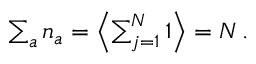
\begin{array} { r } { \sum _ { a } n _ { a } = { \left\langle { \sum _ { j = 1 } ^ { N } 1 } \right\rangle } = N \, . } \end{array}